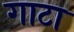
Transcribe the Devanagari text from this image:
गाटा